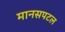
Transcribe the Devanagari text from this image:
मानसपटल